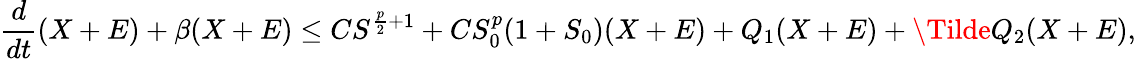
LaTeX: \frac{d}{dt}(X+E)+\beta(X+E)\le CS^{\frac{p}{2}+1}+CS_{0}^{p}(1+S_{0})(X+E)+Q_{1}(X+E)+\Tilde{Q}_{2}(X+E),